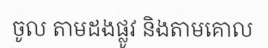
ចូល តាមដងផ្លូវ និងតាមគោល